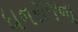
ધનરાજના